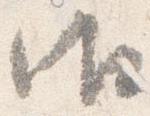
御